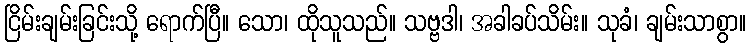
ငြိမ်းချမ်းခြင်းသို့ ရောက်ပြီ။ သော၊ ထိုသူသည်။ သဗ္ဗဒါ၊ အခါခပ်သိမ်း။ သုခံ၊ ချမ်းသာစွာ။